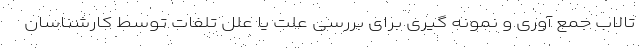
تالاب جمع آوری و نمونه گیری برای بررسی علت یا علل تلفات توسط کارشناسان